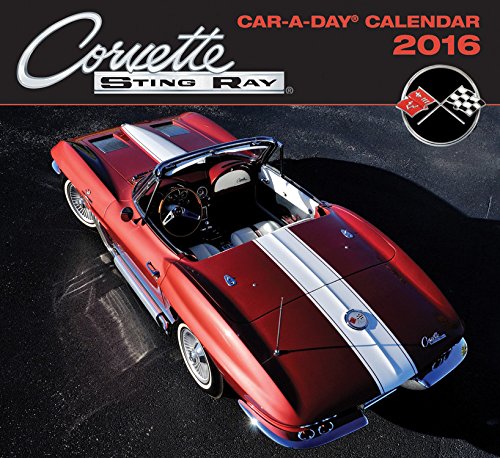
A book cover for Corvette Sting Ray Car-a-Day Calendar 2016; Calendars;